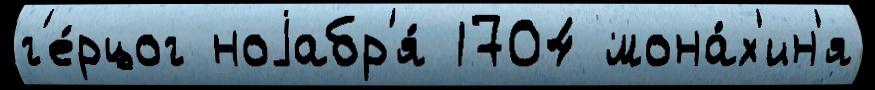
г'е́рцог ноjабр'я́ 1704 мона́х'ин'я